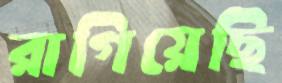
রাগিয়েছি